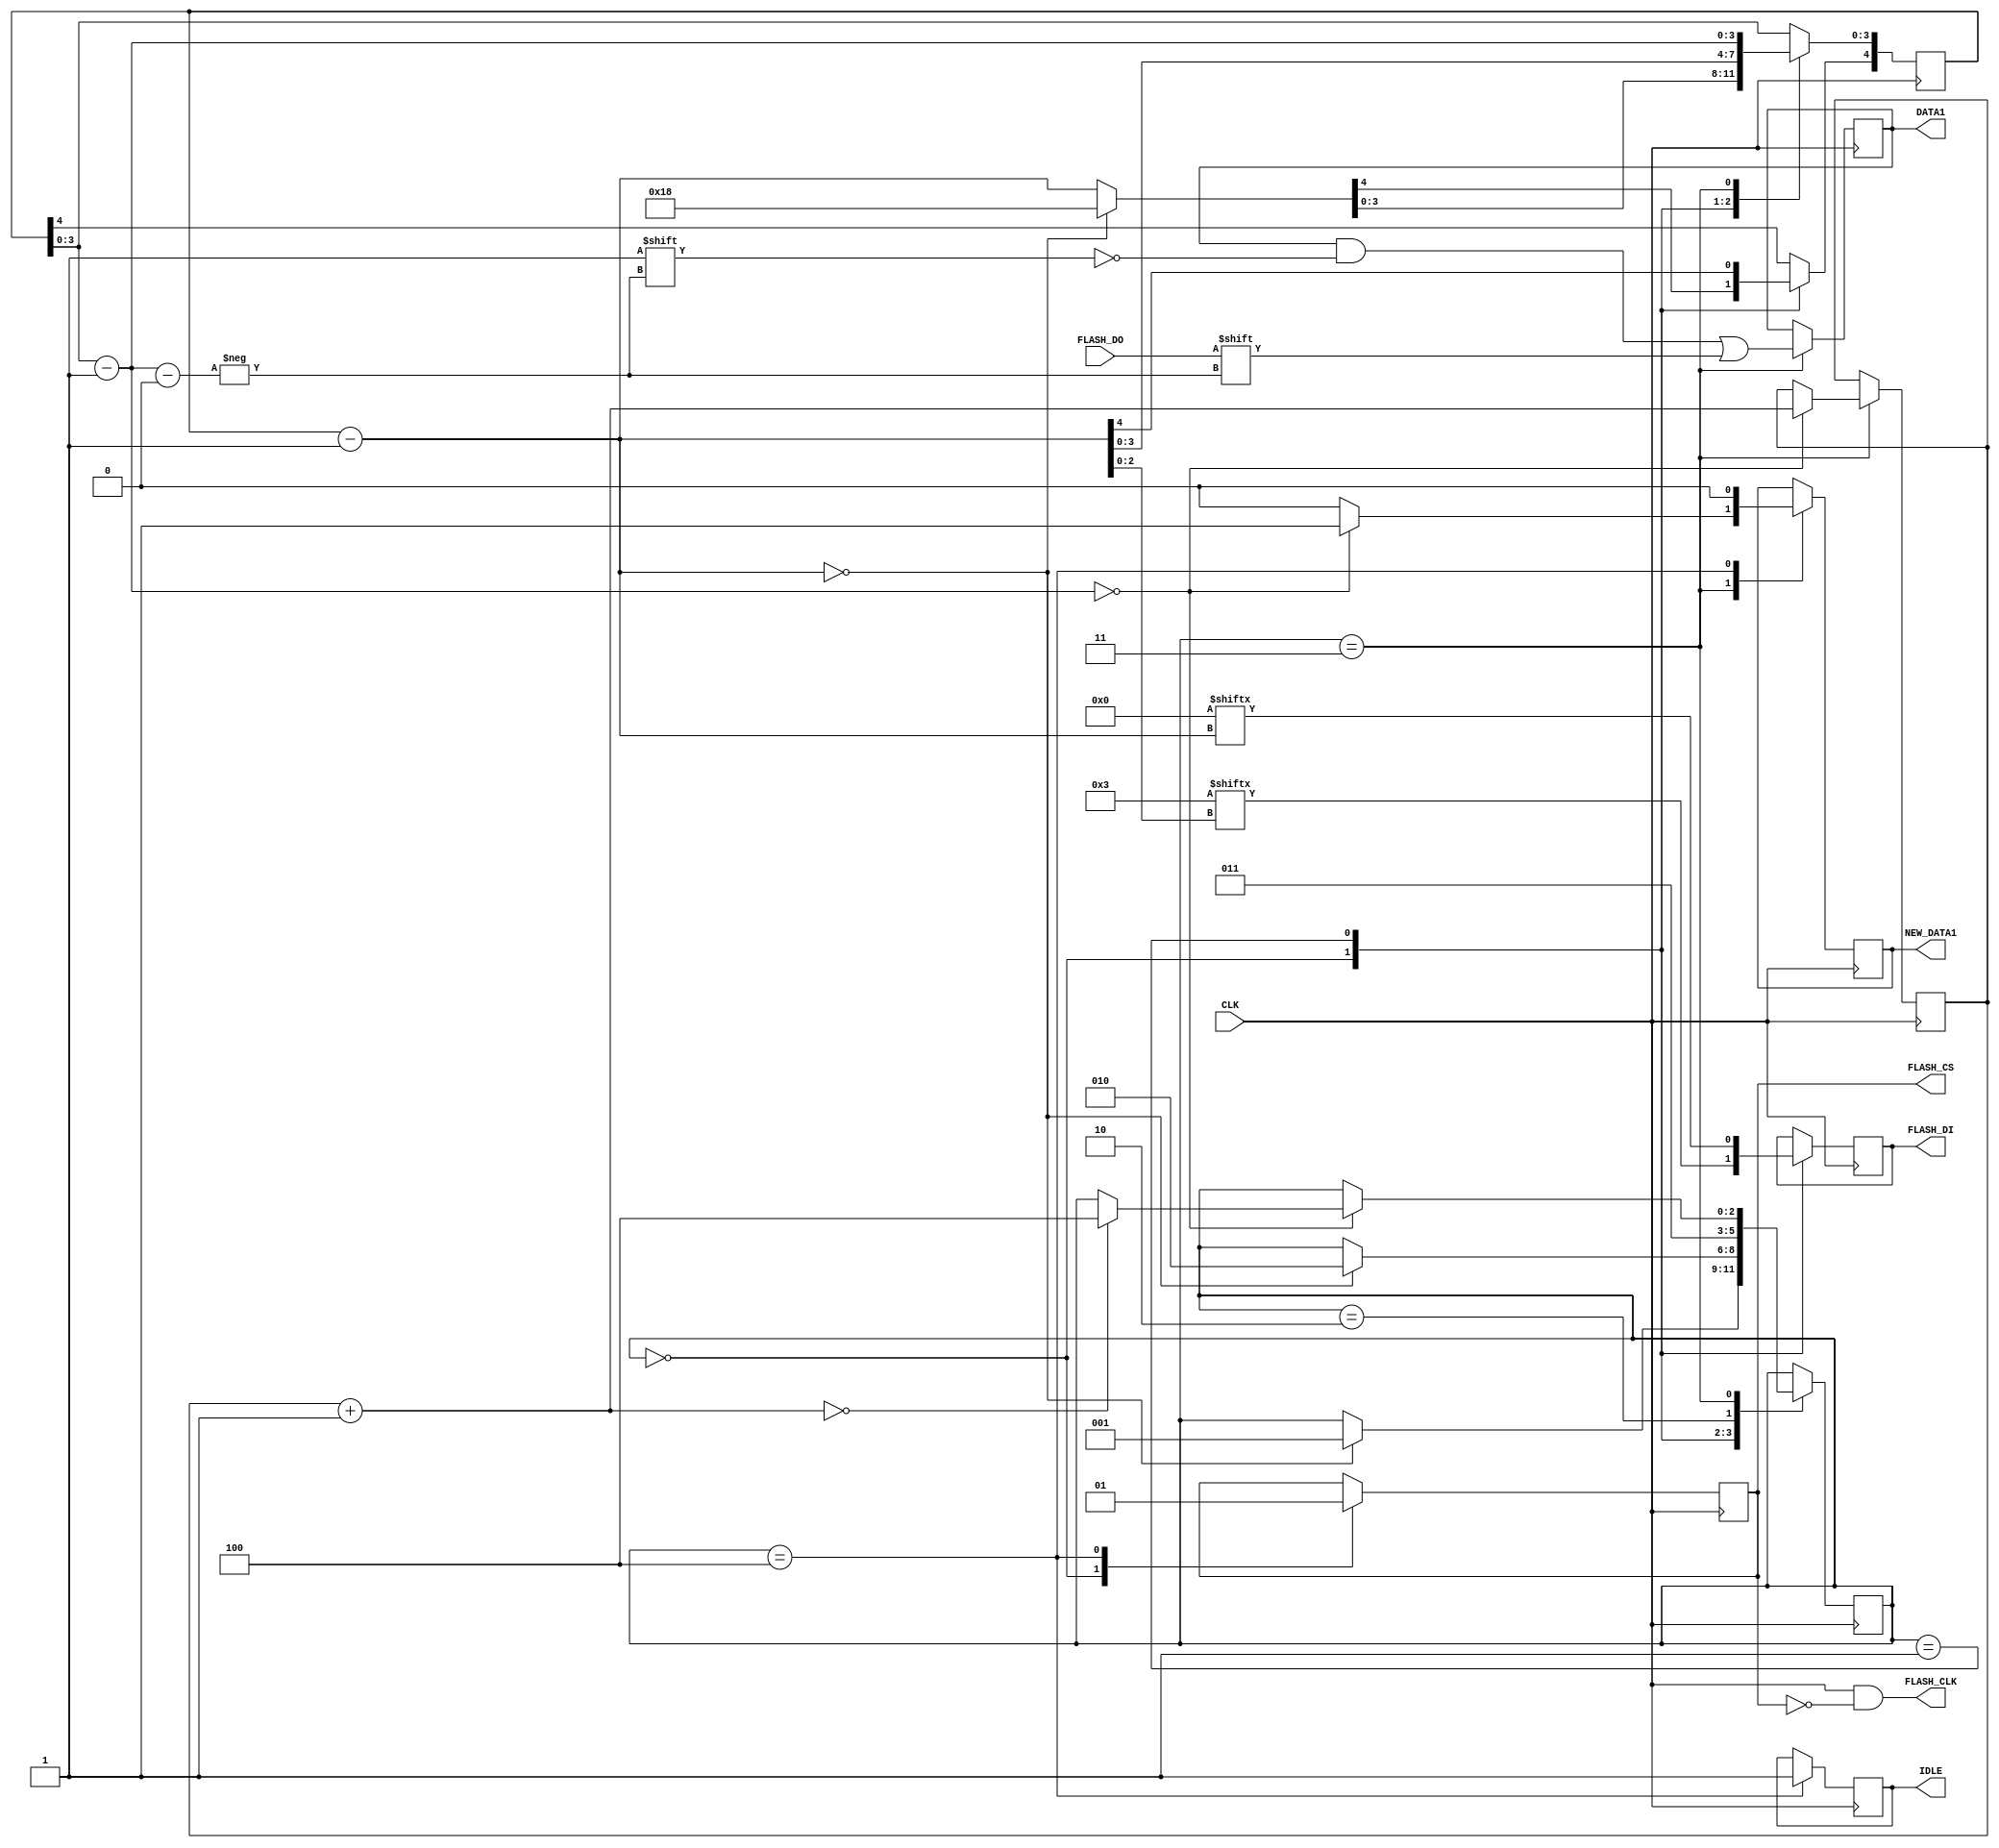
module flash_spi
(
    input CLK,

    output FLASH_CLK, 
    output reg FLASH_CS, FLASH_DI,
    input FLASH_DO,

    output reg [15:0]DATA1,
    output reg NEW_DATA1,

    output reg IDLE
);

assign FLASH_CLK = CLK & ~FLASH_CS;
initial DATA1 = 16'b0;
initial NEW_DATA1 = 1'b0;
initial FLASH_CS = 1'b1;

wire [23:0]address = 24'b0;
wire [7:0]rb = 8'h03; //Read Byte instruction

reg [4:0]bit_cnt = 5'b1000;
reg [6:0]sample_cnt = 7'b0;
reg [2:0]state = 3'b0;

always @(negedge CLK) begin //Read 256 byte
    case (state)
        3'b0: begin    
            FLASH_CS <= 1'b0;
            bit_cnt = bit_cnt - 5'b1;
            FLASH_DI <= rb[bit_cnt[2:0]];
            if (bit_cnt == 5'b0) begin
                bit_cnt = 5'b11000;
                state <= 3'b1;
            end
        end
        3'b1: begin
            bit_cnt = bit_cnt - 5'b1;
            FLASH_DI <= address[bit_cnt[4:0]];
            if (bit_cnt == 5'b0) begin
                state <= 3'b10;
            end
        end
        3'b10: begin
            state <= 3'b11;
        end
        3'b11: begin
            NEW_DATA1 <= 1'b0;
            bit_cnt[3:0] = bit_cnt[3:0] - 4'b1;
            DATA1[bit_cnt[3:0]] <= FLASH_DO;
            if (bit_cnt[3:0] == 4'b0) begin
                NEW_DATA1 <= 1'b1;
                sample_cnt = sample_cnt + 7'b1;
                if (sample_cnt == 7'b0) begin
                    state <= 3'b100;
                end
            end
        end
        3'b100: begin
            IDLE <= 1'b1;
            NEW_DATA1 <= 1'b0;
            FLASH_CS <= 1'b1;
        end
    endcase 
end

endmodule